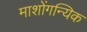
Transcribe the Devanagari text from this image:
माशोंगन्यिक